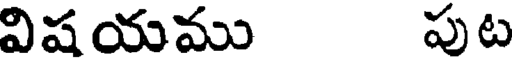
విషయము పుట